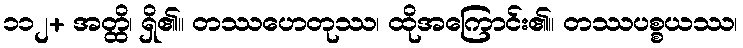
၁၁၂+ အတ္ထိ၊ ရှိ၏။ တဿဟေတုဿ၊ ထိုအကြောင်း၏။ တဿပစ္စယဿ၊